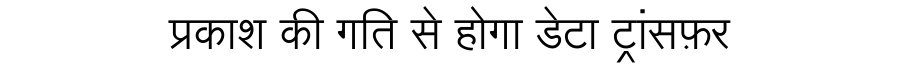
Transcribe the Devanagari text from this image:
प्रकाश की गति से होगा डेटा ट्रांसफ़र